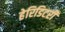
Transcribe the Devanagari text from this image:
हेरिडिटरी